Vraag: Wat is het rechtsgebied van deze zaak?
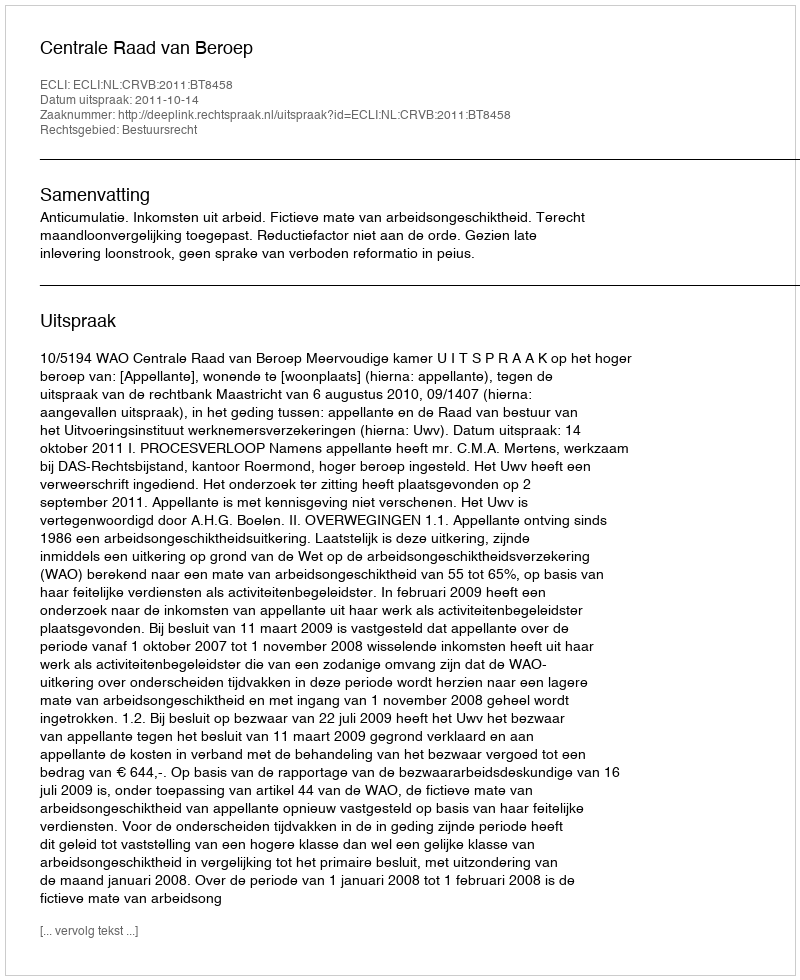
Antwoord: Bestuursrecht